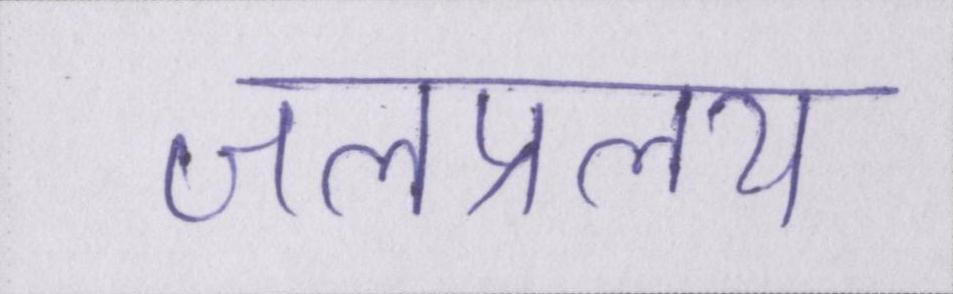
जलप्रलय